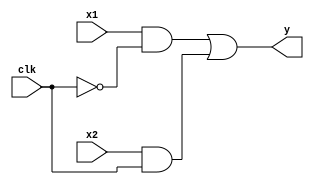
`timescale 1ns / 1ps

module mux_2( //multiplexer using a binary 1 or 0 clock and 2 inputs
    input clk,
    input wire x1, x2,
    output reg y
);
    
always@(*)
    y = ((x1 & (~clk)) | (x2 & clk));
    
endmodule